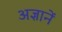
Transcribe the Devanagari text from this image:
अज्ञानें